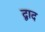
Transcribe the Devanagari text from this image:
द्वाद